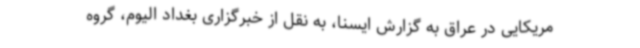
مریکایی در عراق به گزارش ایسنا، به نقل از خبرگزاری بغداد الیوم، گروه